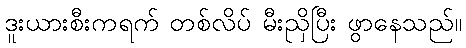
ဒူးယားစီးကရက် တစ်လိပ် မီးညှိပြီး ဖွာနေသည်။